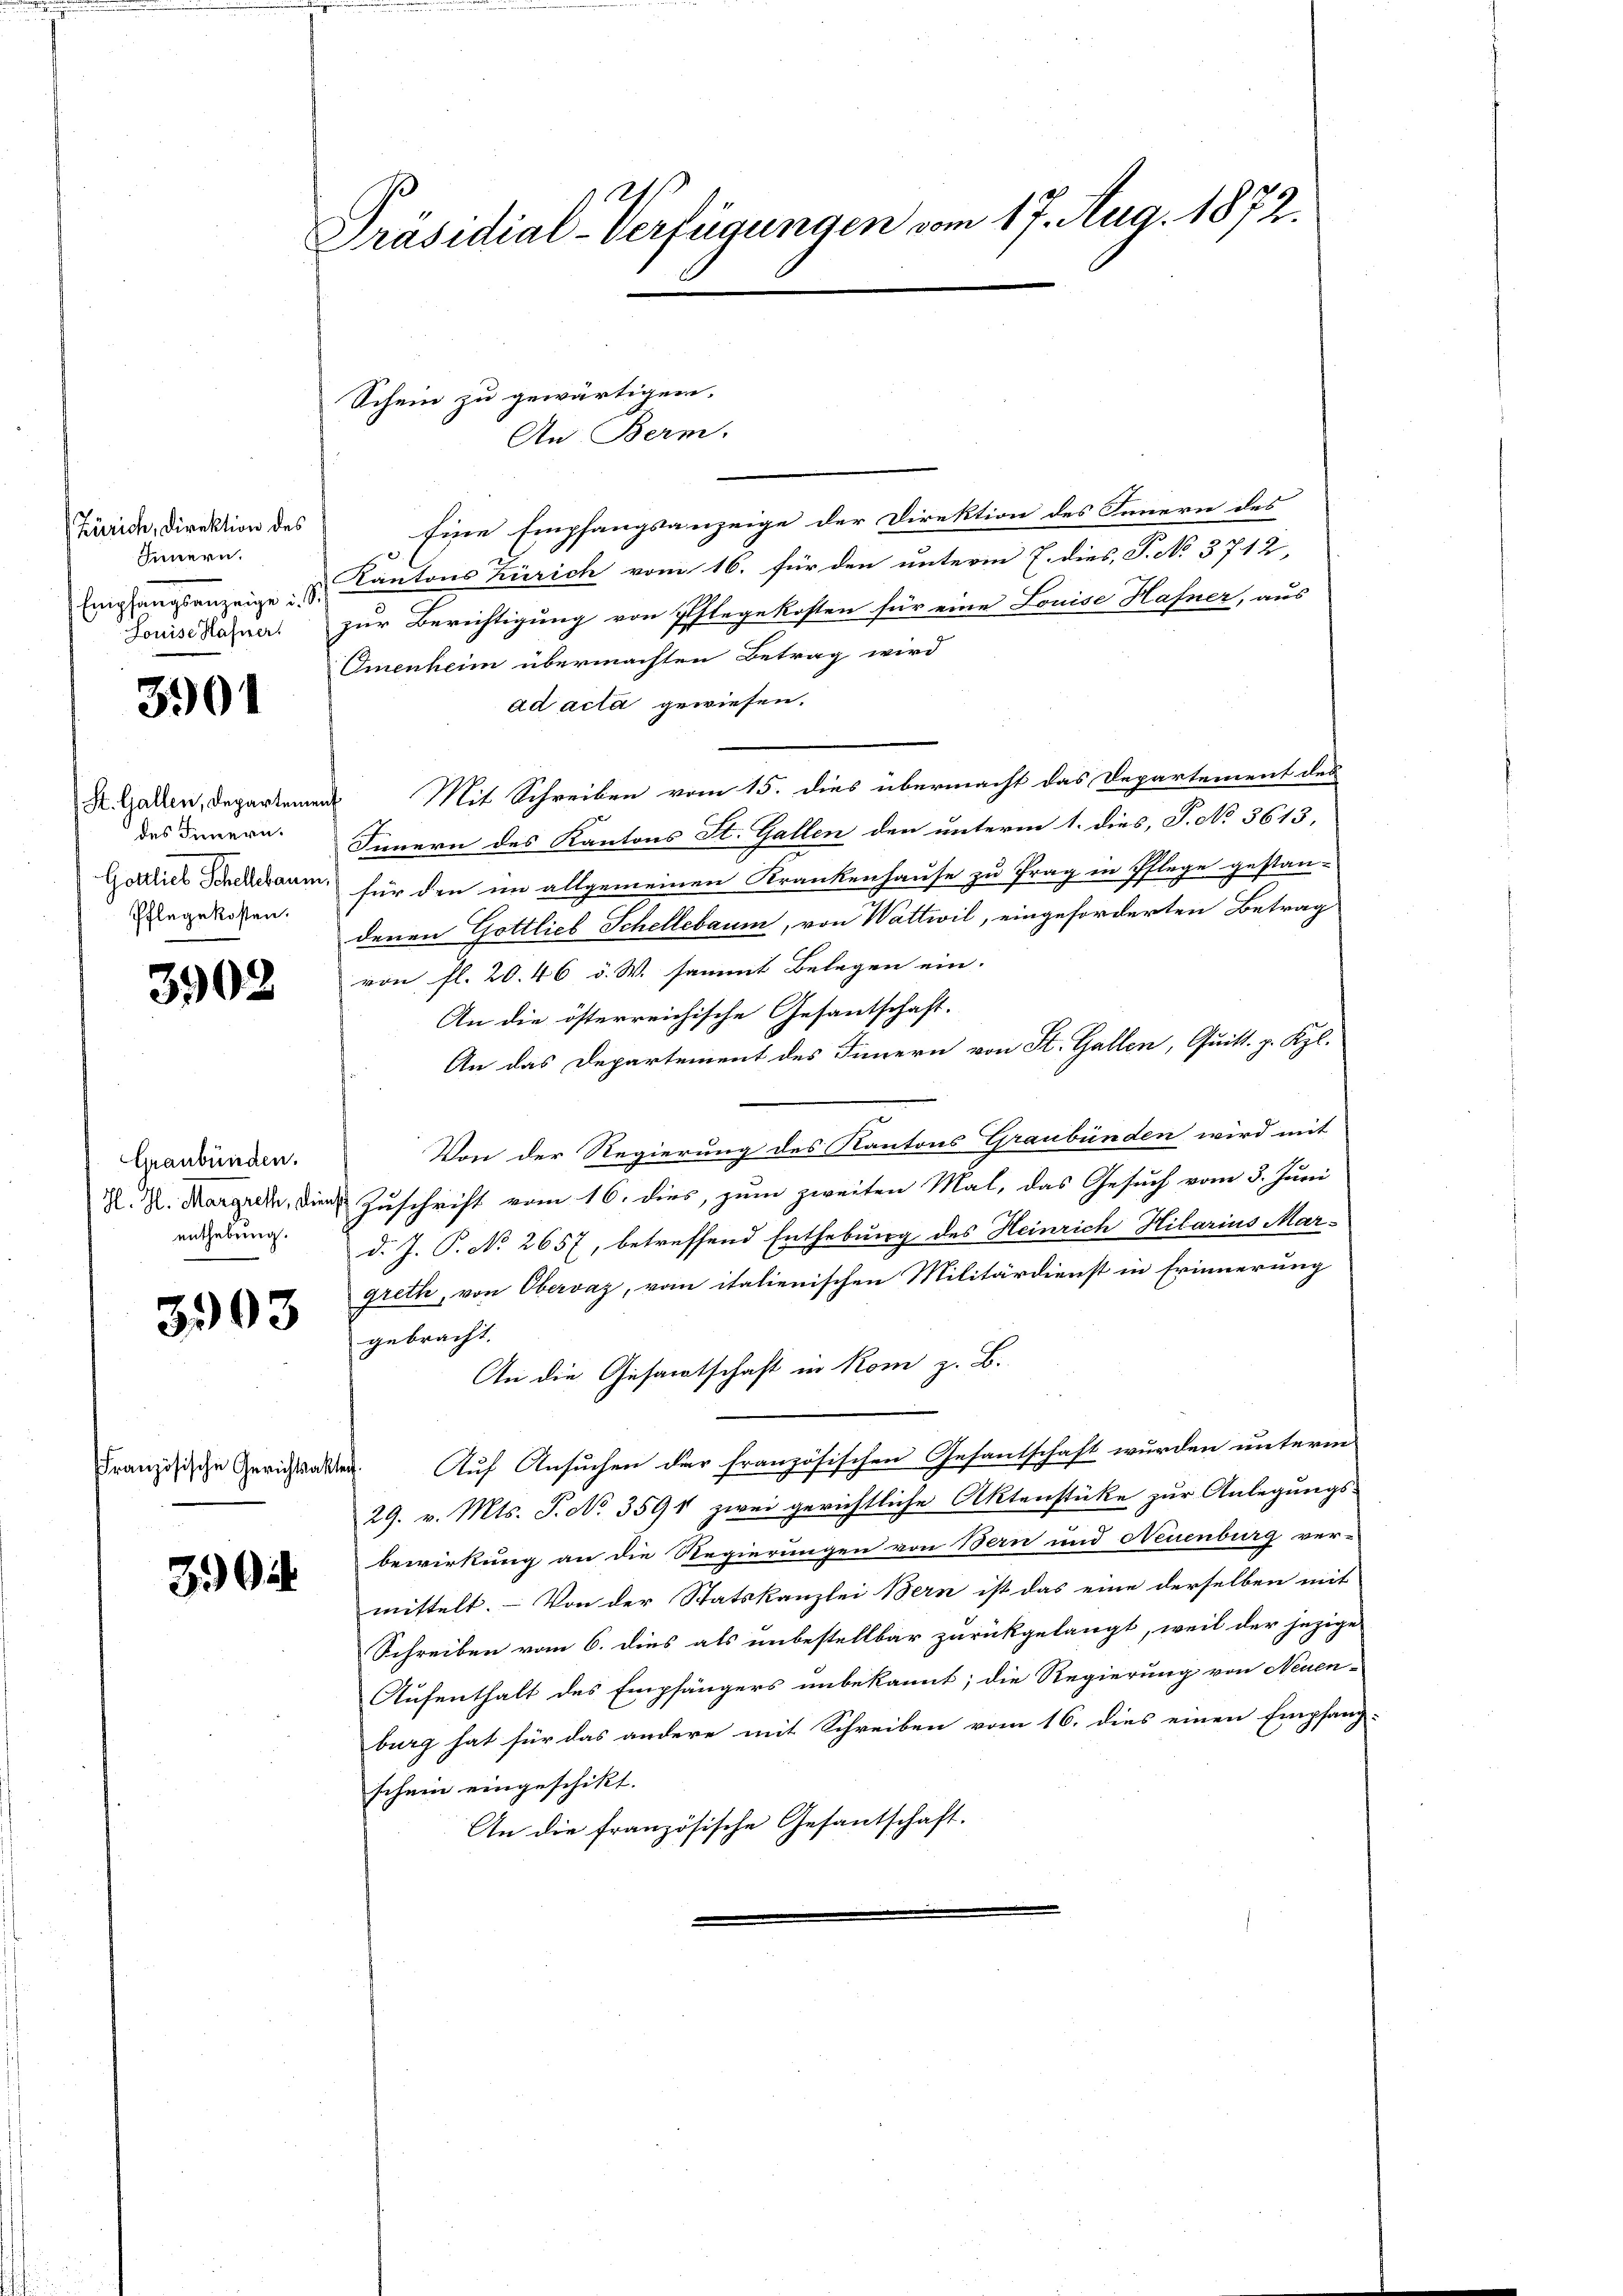
Zürich, Direktion des
Innern.
Louise Hafner

3901

St. Gallen, Departement
des Innern.
Pflegekosten.

3902

Graubünden.
enthebung.

3903

Eine Empfangsanzeige der Direktion des Innern des
Empfangsanzeige, u. Kantons Zürich vom 16. für den unterm 7. dies, P. No. 5712,
zur Berichtigung von Phlegekosten für eine Louise Hafner, aus
Omenheim übermachten Betrag wird
ad acta gewiesen.
Mit Schreiben vom 15. dies übermacht das Departement des
Iinnern des Kantons St. Gallen den unterm 1. dies, P. No 3613,
Loines Schederaum für den im allgemeinen Krankenhause zu frag in Pflege gestan-
denen Gottlieb Schellebaum, von Wattwil, eingeforderten Betrag
von fl. 20. 46 v. W. sammt Belegen ein.
An die österreichische Gesantschaft.
An das Departement des Innern von St. Gallen, Quitt. p. Kzl.
Von der Regierung des Kantons Graubünden wird mit
Z. R. Morgende, die Zuschrift vom 16. dies, zum zweiten Mal, das Gesuch vom 3. Juni
d. J. P. No 2657, betreffend Enthebung des Heinrich Hilarius Mar-
greth, von Obervaz, vom italienischen Militärdienst in Erinnerung
gebracht.
An die Gesamtschaft in Rom z. B.
Auf Ansuchen der französischen Gesantschaft wurden unterm
29. v. Mts. S. No 3591 zwei gerichtliche Aktenstüke zur Anlegungs-
bewirkung an die Regierungen von Bern und Neuenburg ver-
mittelt. – Von der Statskanzlei Bern ist das eine derselben mit
Schreiben vom 6. dies als unbestellbar zurückgelangt, weil der jezige
Aufenthalt des Empfängers unbekannt; die Regierung von Neuen-
burg hat für das andere mit Schreiben vom 16. dies einen Empfang-
schein eingeschikt.
An die französische Gesantschaft.

Französische Gerichtsakten.

3904

Präsidial-Verfügungen vom 17. Aug. 1872.

Schein zu gewärtigen.
An Bern.